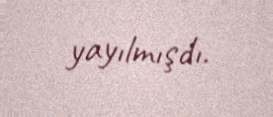
yayılmışdı.